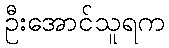
ဦးအောင်သူရက